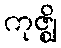
ကုဇ္ဈိ